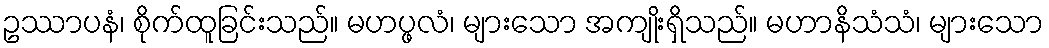
ဥဿာပနံ၊ စိုက်ထူခြင်းသည်။ မဟပ္ဖလံ၊ များသော အကျိုးရှိသည်။ မဟာနိသံသံ၊ များသော